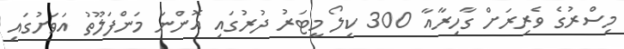
މިސްރުގެ ވެރިރަށް ގާހިރާއާ 300 ކިލޯ މީޓަރު ދުރުގައި އޮންނަ މަންފަލޫތު އަވަށުގައި